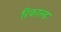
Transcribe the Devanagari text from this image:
रिकाल्ड